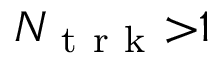
N _ { \mathrm { ~ t ~ r ~ k ~ } } { > } 1